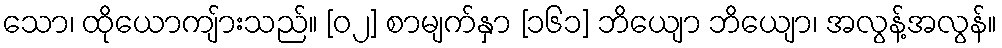
သော၊ ထိုယောကျ်ားသည်။ [၀၂] စာမျက်နှာ [၁၆၁] ဘိယျော ဘိယျော၊ အလွန့်အလွန်။